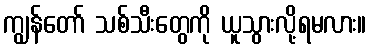
ကျွန်တော် သစ်သီးတွေကို ယူသွားလို့ရမလား။